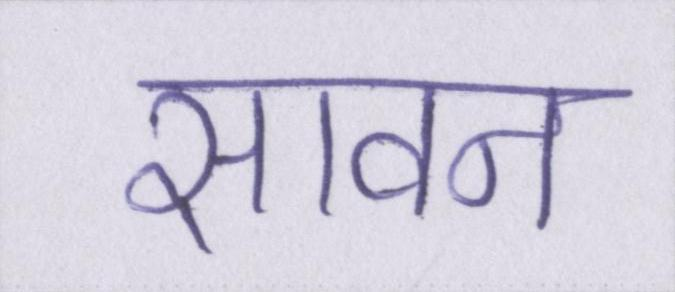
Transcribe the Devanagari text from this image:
सावन